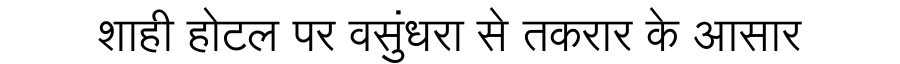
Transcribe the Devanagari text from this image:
शाही होटल पर वसुंधरा से तकरार के आसार